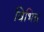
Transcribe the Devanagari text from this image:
विभिन्न